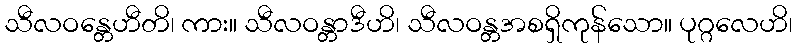
သီလဝန္တေဟီတိ၊ ကား။ သီလဝန္တာဒီဟိ၊ သီလဝန္တအစရှိကုန်သော။ ပုဂ္ဂလေဟိ၊